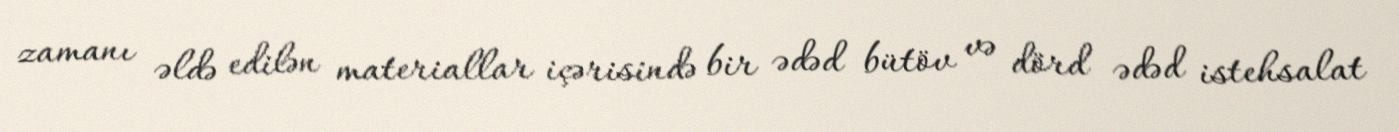
zamanı əldə edilən materiallar içərisində bir ədəd bütöv və dörd ədəd istehsalat